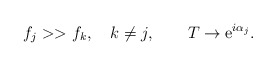
\begin{align*}f_j >> f_k, \quad k\not=j, \qquad T \rightarrow {\rm e}^{i\alpha_j}.\end{align*}